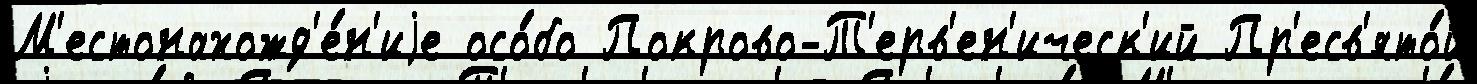
М'естонахожд'е́н'иjе осо́бо Покрово-Т'ерв'ен'ическ'ий Пр'есв'ято́й